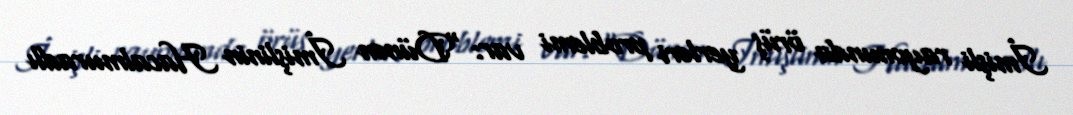
İmişli rayonunda örüş yerləri problemi var: “Dünən İmişlinin Hacalmuradlı